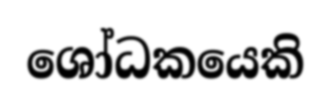
ශෝධකයෙකි